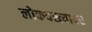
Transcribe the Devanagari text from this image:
लोकवस्त्यावर